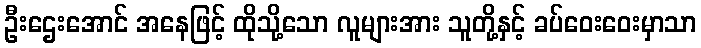
ဦးဌေးအောင် အနေဖြင့် ထိုသို့သော လူများအား သူတို့နှင့် ခပ်ဝေးဝေးမှာသာ